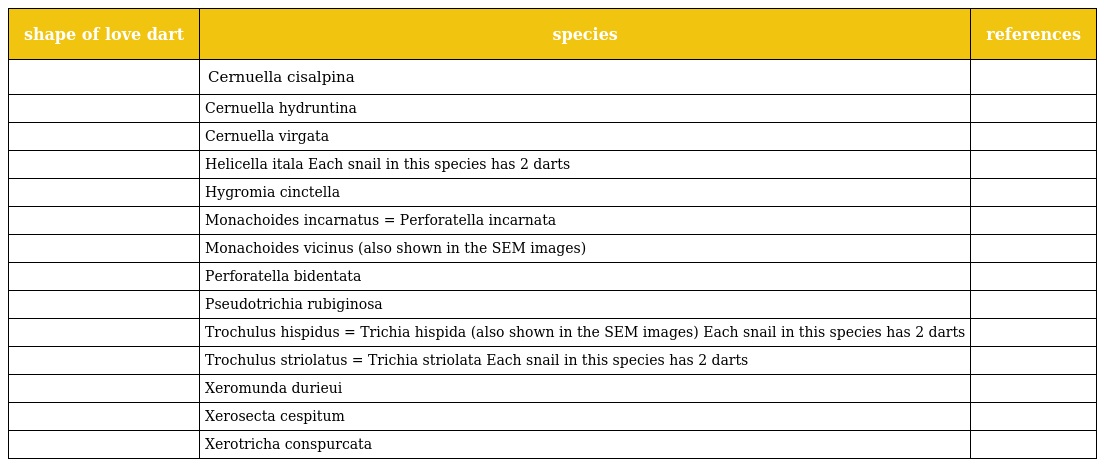
| shape of love dart | species | references |
 | --- | --- | --- |
 |  | Cernuella cisalpina |  |
 |  | Cernuella hydruntina |  |
 |  | Cernuella virgata |  |
 |  | Helicella itala Each snail in this species has 2 darts |  |
 |  | Hygromia cinctella |  |
 |  | Monachoides incarnatus = Perforatella incarnata |  |
 |  | Monachoides vicinus (also shown in the SEM images) |  |
 |  | Perforatella bidentata |  |
 |  | Pseudotrichia rubiginosa |  |
 |  | Trochulus hispidus = Trichia hispida (also shown in the SEM images) Each snail in this species has 2 darts |  |
 |  | Trochulus striolatus = Trichia striolata Each snail in this species has 2 darts |  |
 |  | Xeromunda durieui |  |
 |  | Xerosecta cespitum |  |
 |  | Xerotricha conspurcata |  |